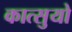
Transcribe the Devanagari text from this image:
कात्सुयो